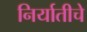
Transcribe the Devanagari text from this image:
निर्यातीचे